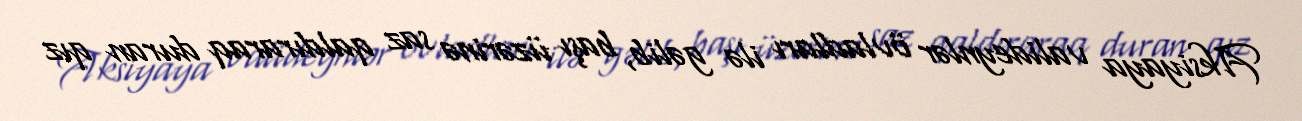
Aksiyaya valideynlər övladları ilə gəlib, başı üzərinə saz qaldıraraq duran qız